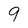
Character: 9